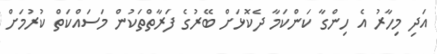
އަދި މިހާރު އެ ހިންގާ ކަންކަމާ ދެކޮޅަށް ބޭރުގެ ފަރާތްތަކުން މަސައްކަތް ކުރުމަށް